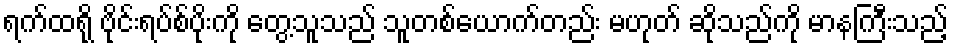
ရက်ထရို ဗိုင်းရပ်စ်ပိုးကို တွေ့သူသည် သူတစ်ယောက်တည်း မဟုတ် ဆိုသည်ကို မာနကြီးသည့်